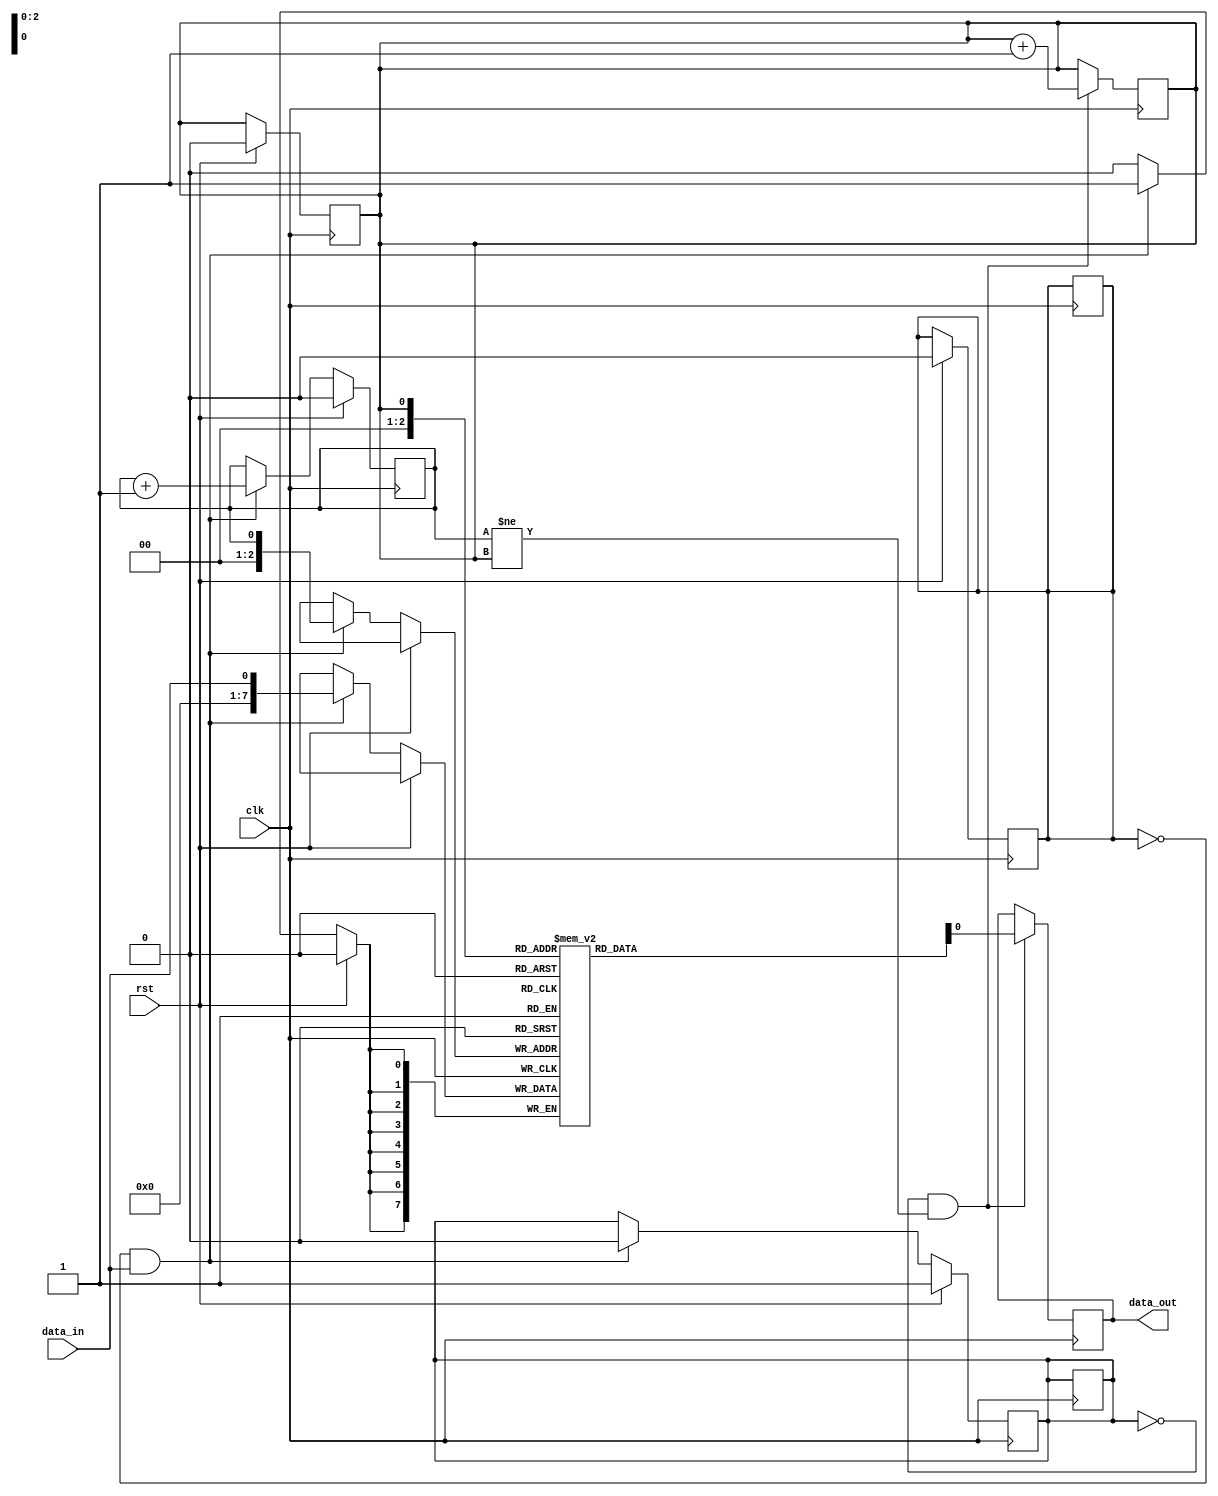
module edge_sensitive_fifo (
    input wire clk,
    input wire rst,
    input wire data_in,
    output reg data_out
);

reg [7:0] fifo [0:7];
reg wr_ptr = 0;
reg rd_ptr = 0;
reg empty = 1;
reg full = 0;

always @ (posedge clk) begin
    if (rst) begin
        wr_ptr <= 0;
        rd_ptr <= 0;
        empty <= 1;
        full <= 0;
    end else begin
        if (!full && data_in) begin
            fifo[wr_ptr] <= data_in;
            wr_ptr <= wr_ptr + 1;
            empty <= 0;
            if (wr_ptr == 7) full <= 1;
        end
    end
end

always @ (posedge clk) begin
    if (!empty && (wr_ptr != rd_ptr)) begin
        data_out <= fifo[rd_ptr];
        rd_ptr <= rd_ptr + 1;
        if (rd_ptr == 7) begin
            empty <= 1;
            full <= 0;
        end
    end
end

endmodule